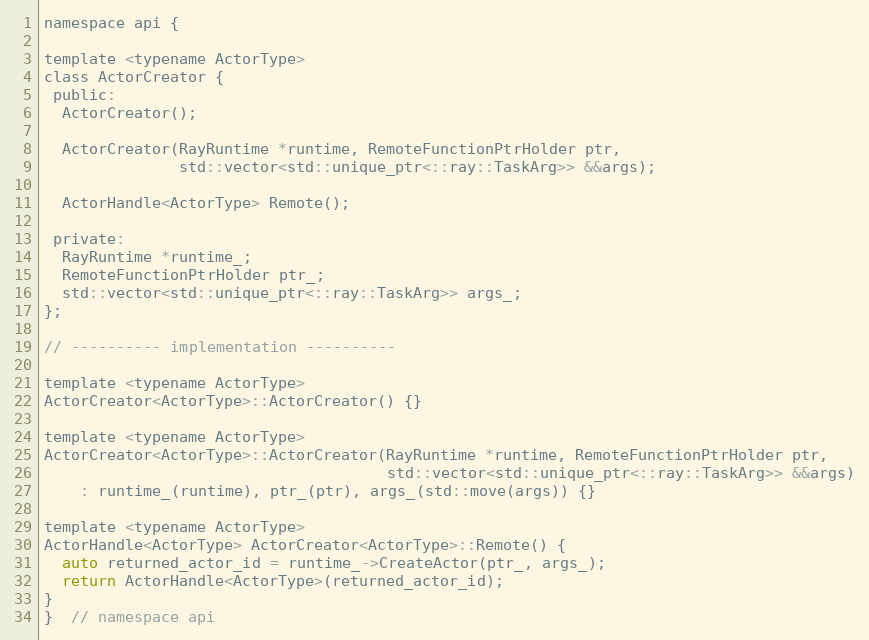
Language: C
namespace api {

template <typename ActorType>
class ActorCreator {
 public:
  ActorCreator();

  ActorCreator(RayRuntime *runtime, RemoteFunctionPtrHolder ptr,
               std::vector<std::unique_ptr<::ray::TaskArg>> &&args);

  ActorHandle<ActorType> Remote();

 private:
  RayRuntime *runtime_;
  RemoteFunctionPtrHolder ptr_;
  std::vector<std::unique_ptr<::ray::TaskArg>> args_;
};

// ---------- implementation ----------

template <typename ActorType>
ActorCreator<ActorType>::ActorCreator() {}

template <typename ActorType>
ActorCreator<ActorType>::ActorCreator(RayRuntime *runtime, RemoteFunctionPtrHolder ptr,
                                      std::vector<std::unique_ptr<::ray::TaskArg>> &&args)
    : runtime_(runtime), ptr_(ptr), args_(std::move(args)) {}

template <typename ActorType>
ActorHandle<ActorType> ActorCreator<ActorType>::Remote() {
  auto returned_actor_id = runtime_->CreateActor(ptr_, args_);
  return ActorHandle<ActorType>(returned_actor_id);
}
}  // namespace api